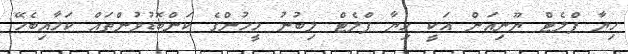
ހިޔާ ފްލެޓް ޔޫނިއަން އަކީ ހިޔާ ފްލެޓް ލިބުނު މީހުންގެ ކަންބޮޑުވުންތައް ކަމާއިބެހޭ